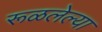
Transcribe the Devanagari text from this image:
रूळलेल्या